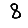
Digit: 8